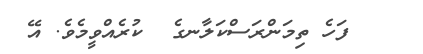
ފަހެ ތިމަންރަސްކަލާނގެ  ކުރެއްވީމެވެ. އޭ